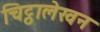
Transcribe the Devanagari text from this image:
चिट्ठालेखन